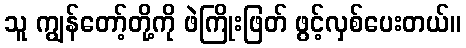
သူ ကျွန်တော့်တို့ကို ဖဲကြိုးဖြတ် ဖွင့်လှစ်ပေးတယ်။